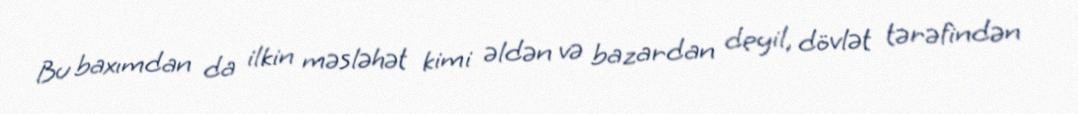
Bu baxımdan da ilkin məsləhət kimi əldən və bazardan deyil, dövlət tərəfindən